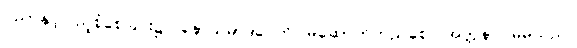
ပညာနှင့်ပြည့်စုံစေခြင်း၌။ နောသမာဒပေတိ၊ မဆောက်တည်စေ။ အတ္တနာ၊ မိမိသည်။